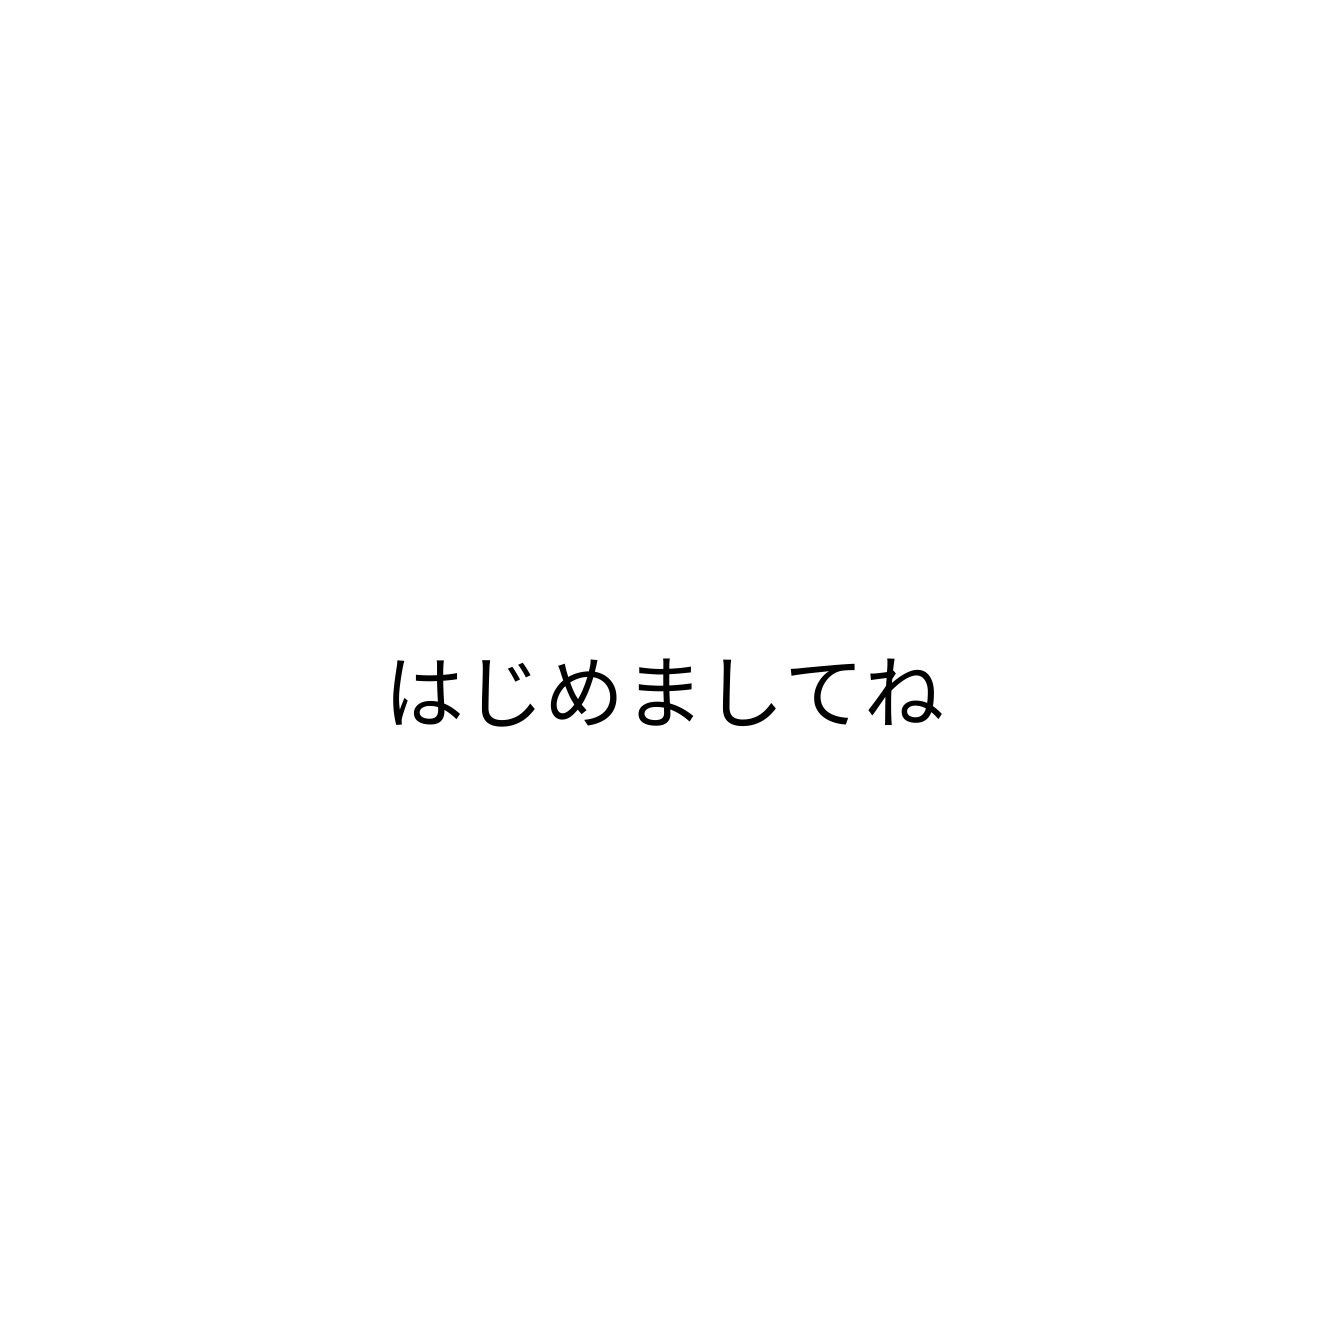
はじめましてね